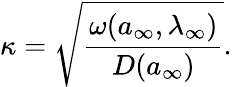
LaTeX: \kappa=\sqrt{\frac{\omega(a_{\infty},\lambda_{\infty})}{D(a_{\infty})}}.